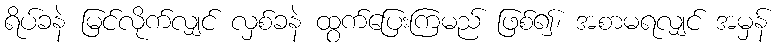
ရိပ်ခနဲ မြင်လိုက်လျှင် လှစ်ခနဲ ထွက်ပြေးကြမည် ဖြစ်၍၊ အစာမရလျှင် အမှန်